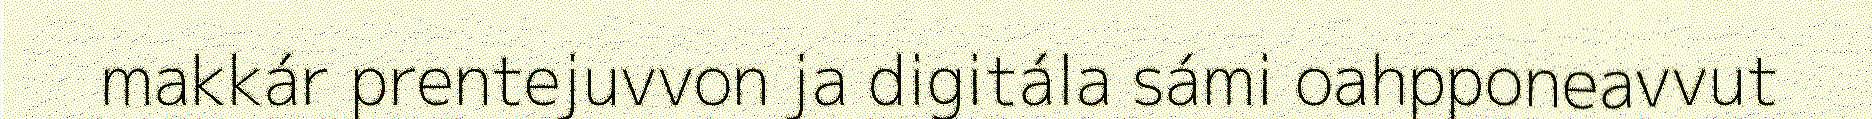
makkár prentejuvvon ja digitála sámi oahpponeavvut